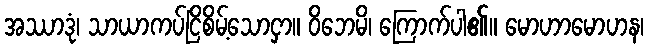
အဿာဒုံ၊ သာယာကပ်ငြိစိမ့်သောငှာ။ ဝိဘေမိ၊ ကြောက်ပါ၏။ မောဟာမောဟန၊